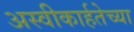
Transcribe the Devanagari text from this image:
अस्वीकार्हतेच्या